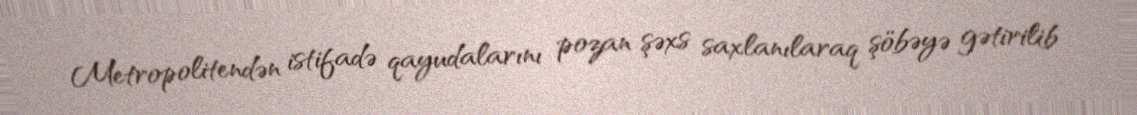
Metropolitendən istifadə qayudalarını pozan şəxs saxlanılaraq şöbəyə gətirilib